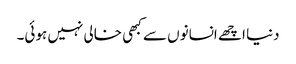
دنیا اچھے انسانوں سے کبھی خالی نہیں ہوئی۔